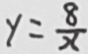
y = \frac { 8 } { x }